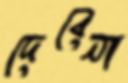
দেবেনা